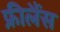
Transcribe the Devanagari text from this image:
फ्रीलैंस